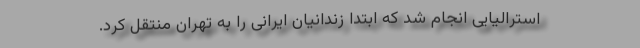
استرالیایی انجام شد که ابتدا زندانیان ایرانی را به تهران منتقل کرد.